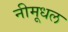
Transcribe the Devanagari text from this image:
नीमूधल